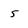
Character: 5